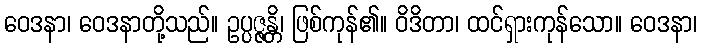
ဝေဒနာ၊ ဝေဒနာတို့သည်။ ဥပ္ပဇ္ဇန္တိ၊ ဖြစ်ကုန်၏။ ဝိဒိတာ၊ ထင်ရှားကုန်သော။ ဝေဒနာ၊